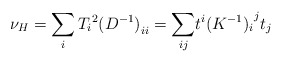
\begin{align*}\nu_{H}=\sum_{i}{T_{i}}^{2}{(D^{-1})}_{ii}={\sum_{ij}}t^{i}{(K^{-1})_{i}}^{j}t_{j}\end{align*}